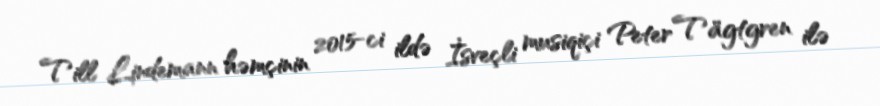
Till Lindemann həmçinin 2015-ci ildə İsveçli musiqiçi Peter Tägtgren ilə